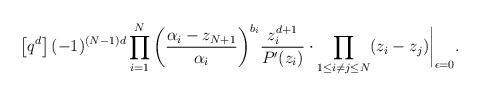
LaTeX: \begin{align*}\left[ q^{d}\right] (-1)^{(N-1)d}\prod_{i=1}^{N}\bigg( \frac{\alpha_i-z_{N+1}}{\alpha_i}\bigg)^{b_i}\frac{z_i^{d+1}}{P'(z_i)}\cdot\prod_{1\le i\ne j\le N}(z_i-z_j)\bigg{|}_{\epsilon=0}.\end{align*}